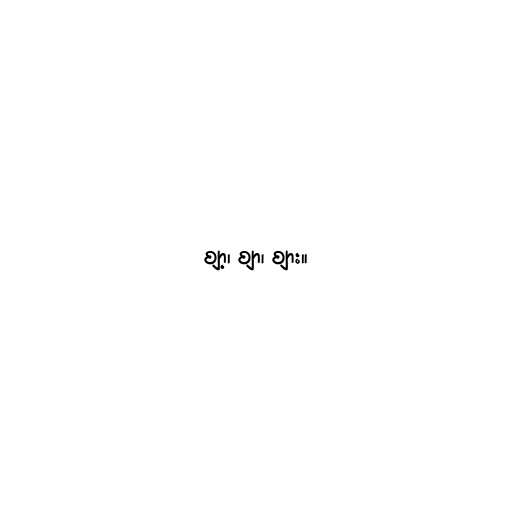
ဈာ့၊ ဈာ၊ ဈား။